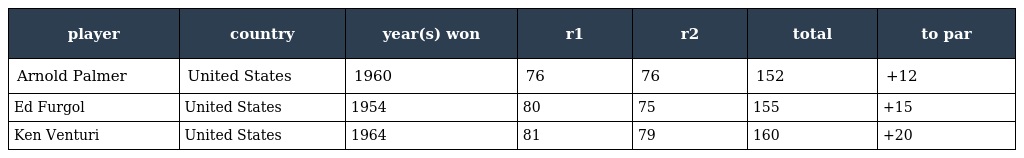
| player | country | year(s) won | r1 | r2 | total | to par |
 | --- | --- | --- | --- | --- | --- | --- |
 | Arnold Palmer | United States | 1960 | 76 | 76 | 152 | +12 |
 | Ed Furgol | United States | 1954 | 80 | 75 | 155 | +15 |
 | Ken Venturi | United States | 1964 | 81 | 79 | 160 | +20 |